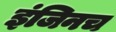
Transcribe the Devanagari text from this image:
इंजिनच